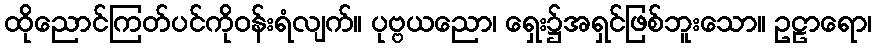
ထိုညောင်ကြတ်ပင်ကိုဝန်းရံလျက်။ ပုဗ္ဗယညော၊ ရှေး၌အရှင်ဖြစ်ဘူးသော။ ဥဠာရော၊